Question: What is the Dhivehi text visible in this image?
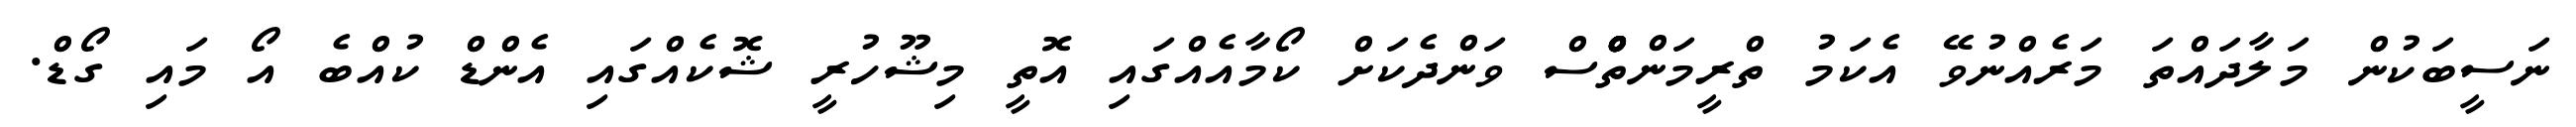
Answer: ނަސީބަކުން މަލާދައްތަ މަރެއްނުވޭ އެކަމު ތްރީމަންތްްްްްްސް ވަންދެކަށް ކޯމާއެއްގައި އޮތީ މިޝޫހުރީ ޝޮކެއްގައި އެންޑް ކުއްބެ އޯ މައި ގޯޑް.